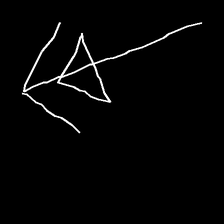
Glyph: pull